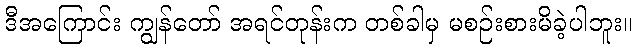
ဒီအကြောင်း ကျွန်တော် အရင်တုန်းက တစ်ခါမှ မစဉ်းစားမိခဲ့ပါဘူး။